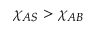
\chi _ { A S } > \chi _ { A B }